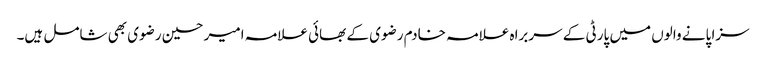
سزا پانے والوں میں پارٹی کے سربراہ علامہ خادم رضوی کے بھائی علامہ امیر حسین رضوی بھی شامل ہیں۔